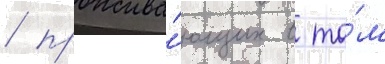
/ прожива́ющих в то́м